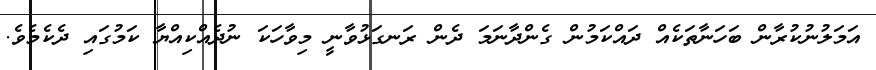
އަމަލުނުކުރާން ބަހަނާތަކެއް ދައްކަމުން ގެންދާނަމަ ދެން ރަނގަޅުވާނީ މިވާހަކަ ނުދެއްކިއްޔާ ކަމުގައި ދެކެމެވެ.